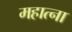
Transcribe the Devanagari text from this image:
महात्ना